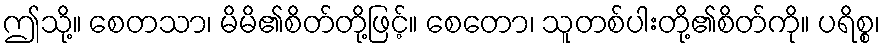
ဤသို့။ စေတသာ၊ မိမိ၏စိတ်တို့ဖြင့်။ စေတော၊ သူတစ်ပါးတို့၏စိတ်ကို။ ပရိစ္စ၊